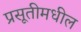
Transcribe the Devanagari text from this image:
प्रसूतीमधील